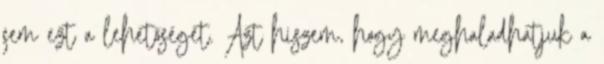
sem ezt a lehetőséget. Azt hiszem, hogy meghaladhatjuk a